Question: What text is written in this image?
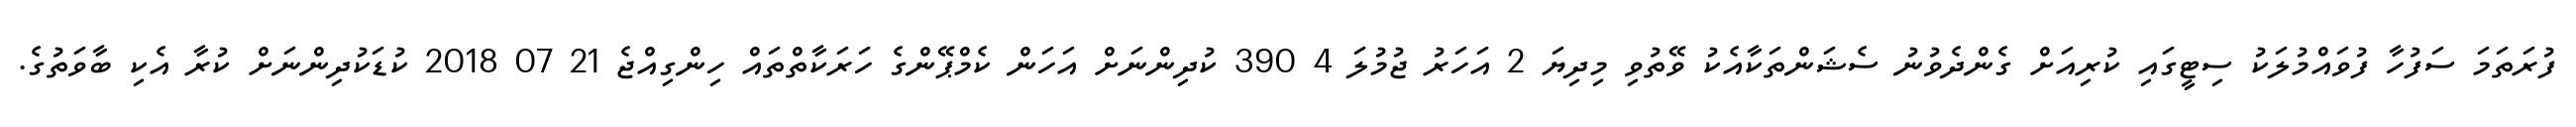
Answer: ފުރަތަމަ ސަފުހާ ފުވައްމުލަކު ސިޓީގައި ކުރިއަށް ގެންދެވުނު ސެޝަންތަކާއެކު ވޭތުވި މިދިޔަ 2 އަހަރު ޖުމުލަ 4 390 ކުދިންނަށް އަހަން ކެމްޕޭންގެ ހަރަކާތްތައް ހިންގިއްޖެ 21 07 2018 ކުޑަކުދިންނަށް ކުރާ އެކި ބާވަތުގެ.